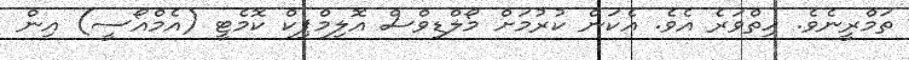
ތަމްރީނެވެ. ހިތްވަރެ އެވެ. އެކަން ކުރުމަށް މޯލްޑިވްސް އޮލިމްޕިކް ކޮމެޓީ (އެމްއޯސީ) އިން